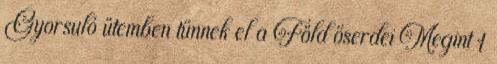
Gyorsuló ütemben tűnnek el a Föld őserdei Megint 1